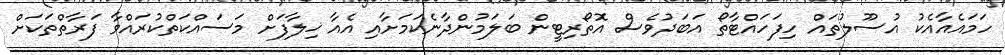
ހަމައެއާއެކު އުސޫލުތައް ހިފަހައްޓާތޯ އަބަދުވެސް އޮތޯރިޓީން ބަލަމުންދާނެކަމަށާއި އެއާ ޚިލާފަށް މަސައްކަތްކުރައްވާ ފަރާތްތަކަށް